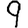
Digit: 9